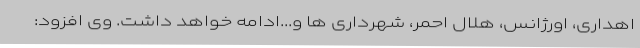
اهداری، اورژانس، هلال احمر، شهرداری ها و...ادامه خواهد داشت. وی افزود: